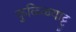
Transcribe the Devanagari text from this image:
कुळ्ळियाट्टु